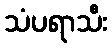
သံပရာသီး